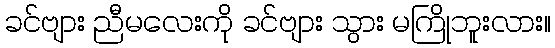
ခင်ဗျား ညီမလေးကို ခင်ဗျား သွား မကြိုဘူးလား။